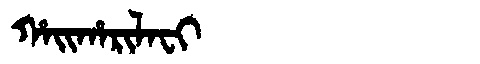
Manchu: ᡥᠠᡳᡥᠠᡵᡳᠯᠠᠸᡳ
Romanization: HAIHARILAFI